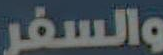
والسفر